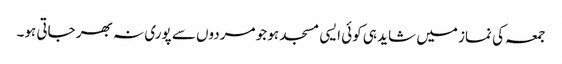
جمعہ کی نماز میں شاید ہی کوئی ایسی مسجد ہو جو مردوں سے پوری نہ بھر جاتی ہو۔